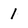
Character: 1